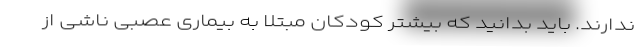
ندارند. باید بدانید که بیشتر کودکان مبتلا به بیماری عصبی ناشی از